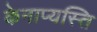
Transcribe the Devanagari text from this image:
केनाप्यस्ति